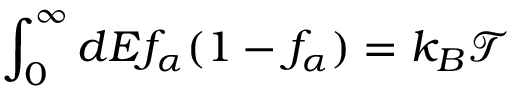
\int _ { 0 } ^ { \infty } d E f _ { \alpha } ( 1 - f _ { \alpha } ) = k _ { B } \mathcal { T }